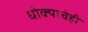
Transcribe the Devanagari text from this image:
धोक्याचेही